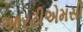
આરટીએમસી